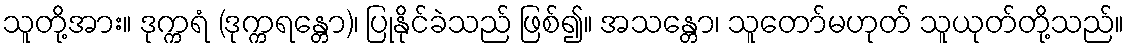
သူတို့အား။ ဒုက္ကရံ (ဒုက္ကရန္တော)၊ ပြုနိုင်ခဲသည် ဖြစ်၍။ အသန္တော၊ သူတော်မဟုတ် သူယုတ်တို့သည်။